Vaccination in Bombay 1869-1873 - 1869-1873
Year: 1869
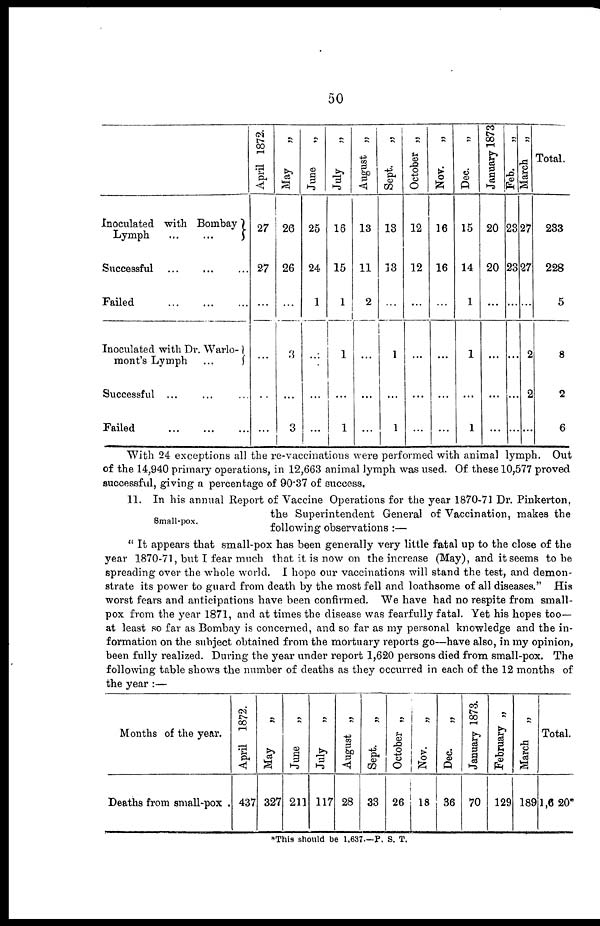
50
Inoculated with Bombay
Lymph
...
...
Successful ... ... ...
Failed
...
...
...
Inoculated with Dr. Warlo¬
mont's Lymph
...
Successful ... ... ...
Failed
...
...
...
April 1872.
27
27
...
...
...
...
May
„
26
26
...
3
...
3
June
„
25
24
1
...
...
...
July
„
16
15
1
1
...
1
August „
13
11
2
...
...
...
Sept.„
13
13
...
1
...
1
October „
12
12
...
...
...
...
Nov.„
16
16
...
...
...
...
Dec.„
15
14
1
1
...
1
January 1873
20
20
...
...
...
...
Feb. „
23
23
...
...
...
...
March „
27
27
...
2
2
...
Total.
233
228
5
8
2
6
With 24 exceptions all the re-vaccinations were performed with animal lymph. Out
of the 14,940 primary operations, in 12,663 animal lymph was used. Of these 10,577 proved
successful, giving a percentage of 90.37 of success.
Small-pox.
11. In his annual Report of Vaccine Operations for the year 1870-71 Dr. Pinkerton,
the Superintendent General of Vaccination, makes the
following observations :—
" It appears that small-pox has been generally very little fatal up to the close of the
year 1870-71, but I fear much that it is now on the increase (May), and it seems to be
spreading over the whole world. I hope our vaccinations will stand the test, and demon-
strate its power to guard from death by the most fell and loathsome of all diseases." His
worst fears and anticipations have been confirmed. We have had no respite from small-
pox from the year 1871, and at times the disease was fearfully fatal. Yet his hopes too—
at least so far as Bombay is concerned, and so far as my personal knowledge and the in-
formation on the subject obtained from the mortuary reports go—have also, in my opinion,
been fully realized. During the year under report 1,620 persons died from small-pox. The
following table shows the number of deaths as they occurred in each of the 12 months of
the year :—
Months of the year.
Deaths from small-pox .
April 1872.
437
May
„
327
June
„
211
July
„
117
August „
28
Sept.
„
33
October „
26
Nov.
18
Dec.
„
36
January 1873.
70
February „
129
March „
189
Total.
1,620*
*This should be 1,637.—P. S. T.